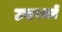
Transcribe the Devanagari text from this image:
उपागममें